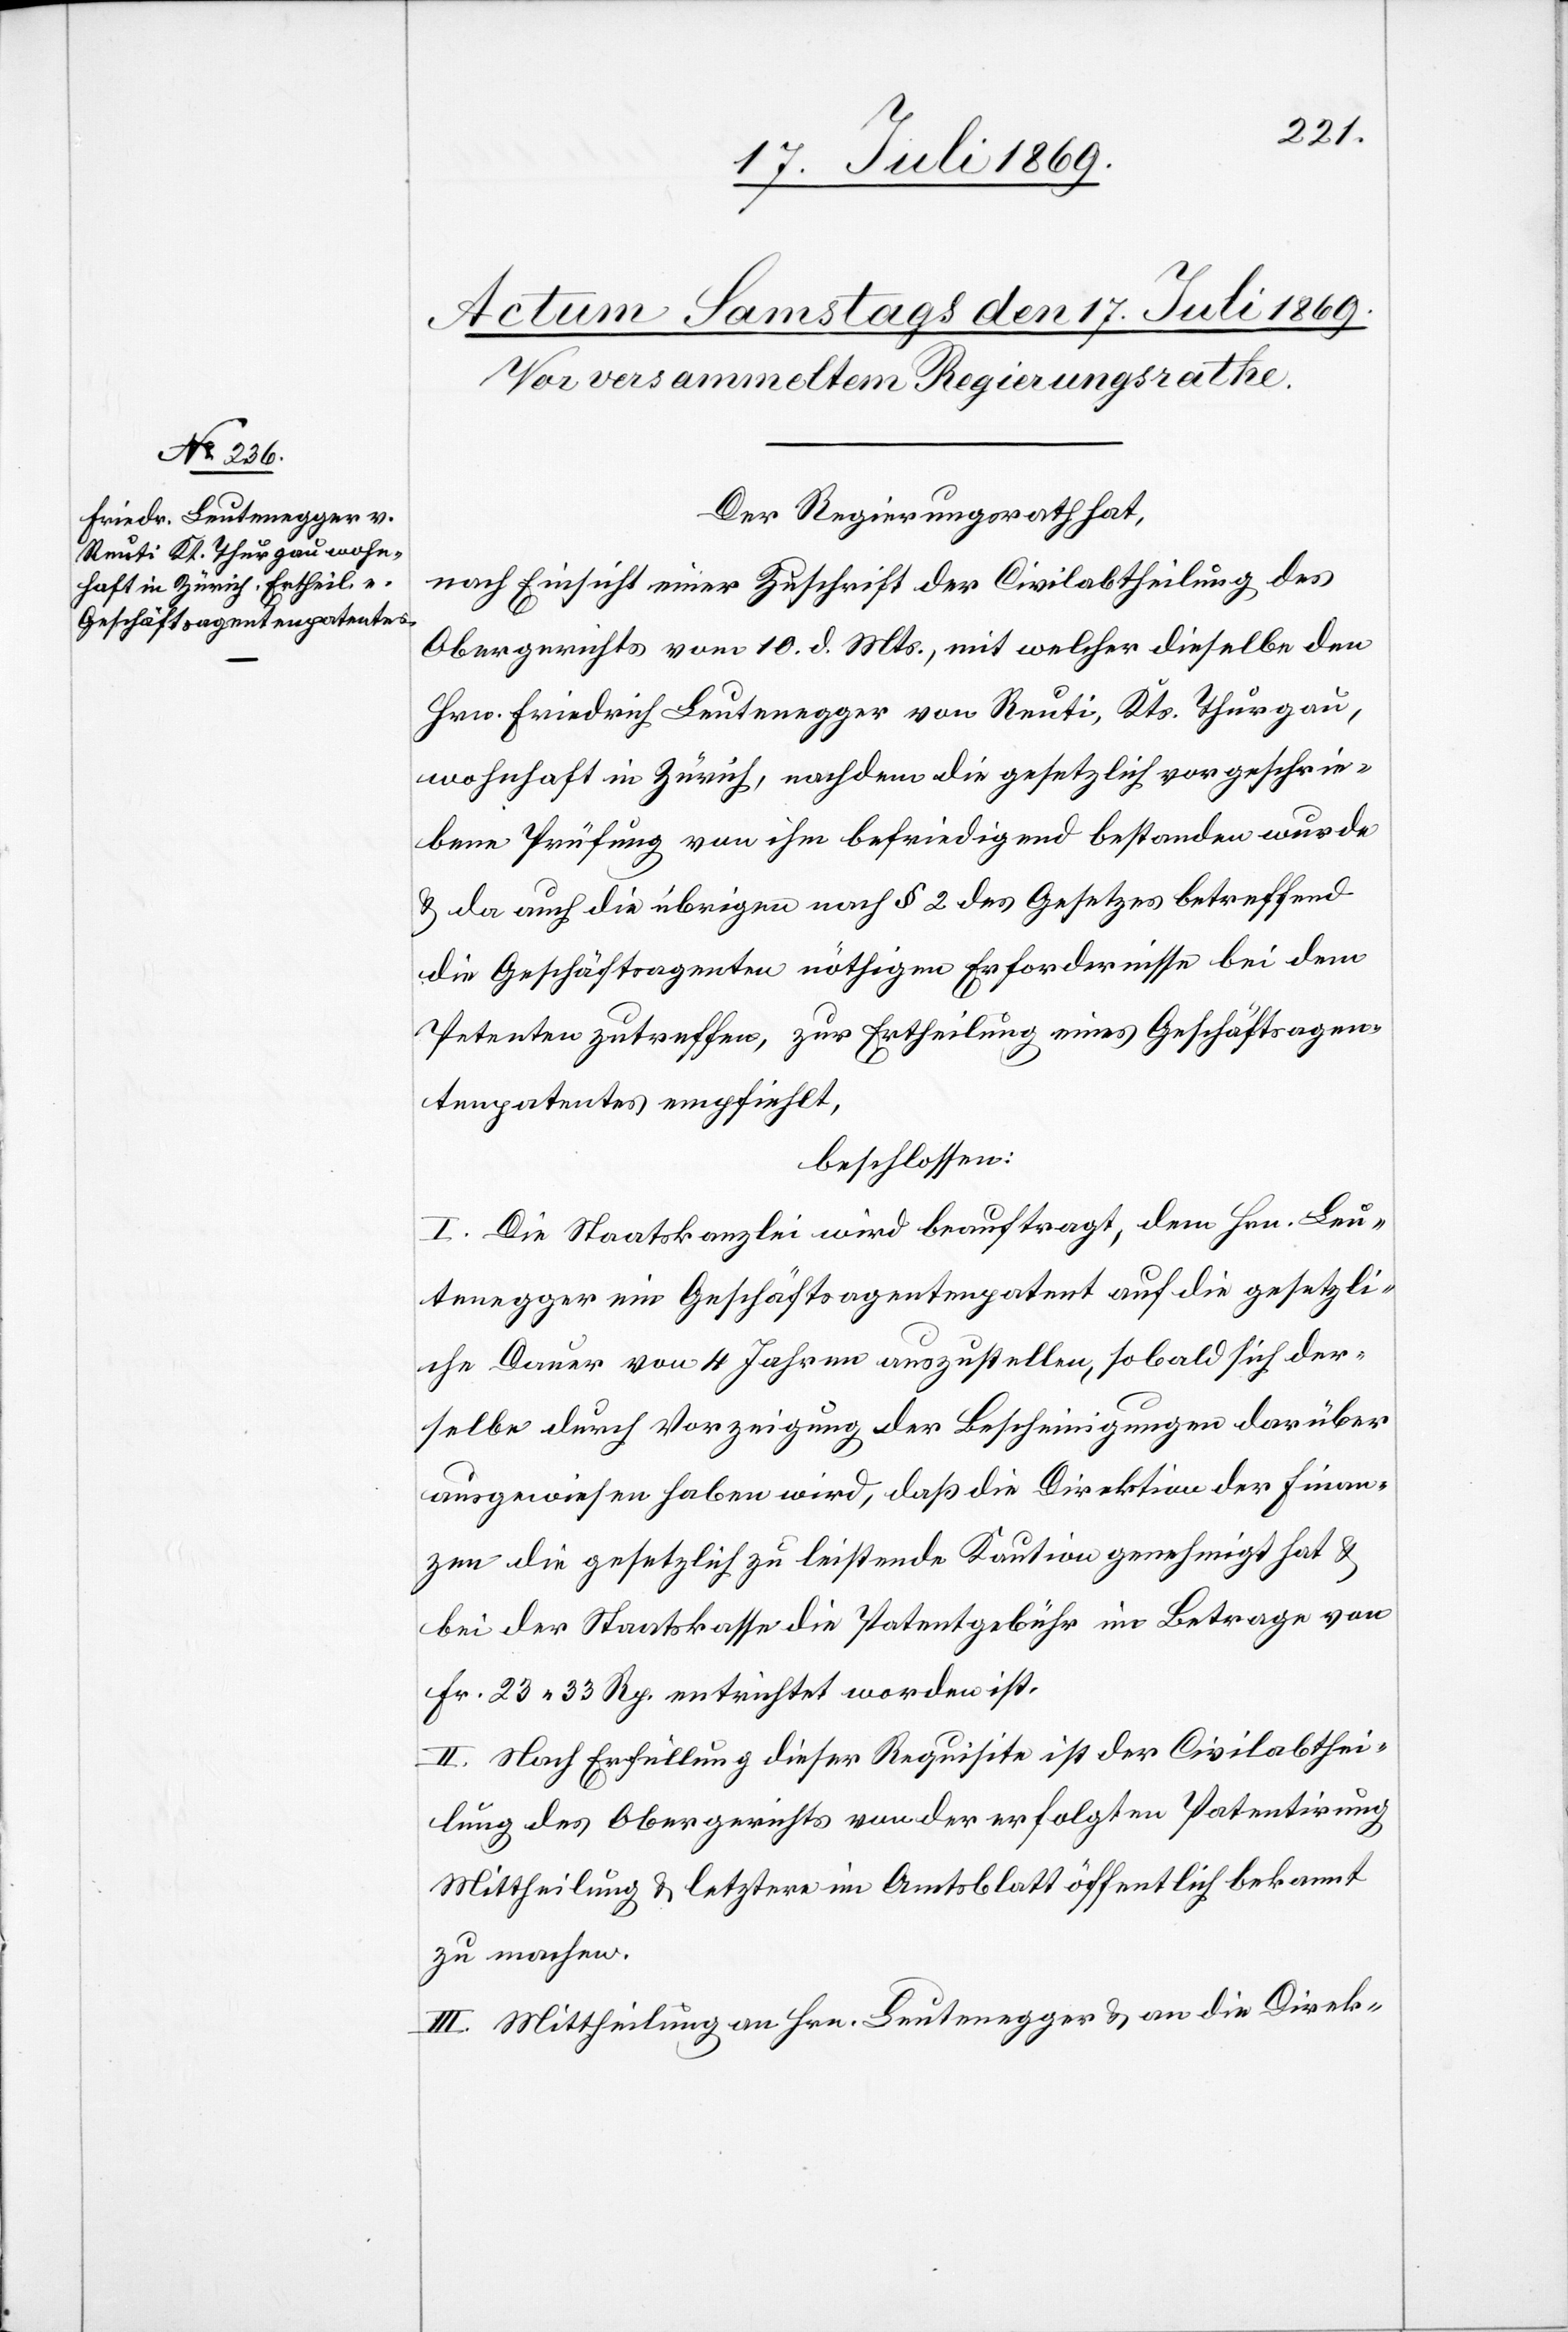
Der Regierungsrath hat,
nach Einsicht einer Zuschrift der Civilabtheilung des
Obergerichts vom 10. d. Mts., mit welcher dieselbe den
Hrn. Friedrich Leutenegger von Reuti, Kts. Thurgau,
wohnhaft in Zürich, nachdem die gesetzlich vorgeschrie¬
bene Prüfung von ihm befriedigend bestanden wurde
u. da auch die übrigen nach § 2 des Gesetzes betreffend
die Geschäftsagenten nöthigen Erfordernisse bei dem
Petenten zutreffen, zur Ertheilung eines Geschäftsagen¬
tenpatentes empfiehlt,
beschlossen:
I. Die Staatskanzlei wird beauftragt, dem Hrn. Leu¬
tenegger ein Geschäftsagentenpatent auf die gesetzli¬
che Dauer von 4 Jahren auszustellen, sobald sich der¬
selbe durch Vorzeigung der Bescheinigungen darüber
ausgewiesen haben wird, daß die Direktion der Finan¬
zen die gesetzlich zu leistende Kaution genehmigt hat u.
bei der Staatskasse die Patentgebühr im Betrage von
Fr. 23.33 Rp. entrichtet worden ist.
II. Nach Erfüllung dieser Requisite ist der Civilabthei¬
lung des Obergerichts von der erfolgten Patentirung
Mittheilung u. letztere im Amtsblatt öffentlich bekannt
zu machen.
III. Mittheilung an Hrn. Leutenegger u. an die Direk-